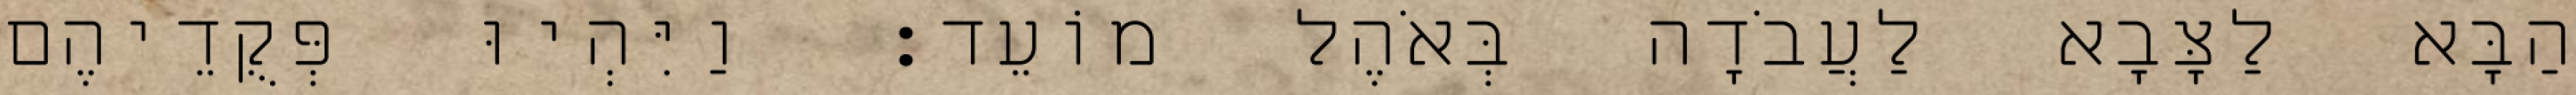
הַבָּא לַצָּבָא לַעֲבֹדָה בְּאֹהֶל מוֹעֵד׃ וַיִּהְיוּ פְּקֻדֵיהֶם